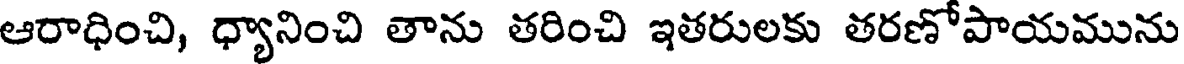
ఆరాధించి, ధ్యానించి తాను తరించి ఇతరులకు తరణోపాయమును